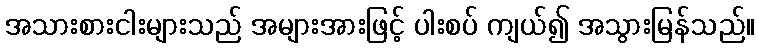
အသားစားငါးများသည် အများအားဖြင့် ပါးစပ် ကျယ်၍ အသွားမြန်သည်။